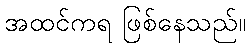
အထင်ကရ ဖြစ်နေသည်။